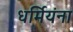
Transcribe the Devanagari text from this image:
धर्मियंना